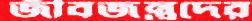
জীবজন্তুদের